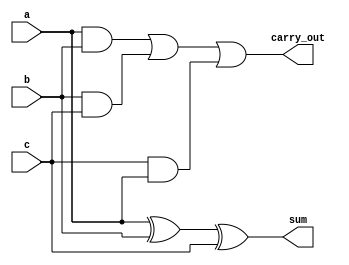
module fulladder(sum,carry_out,a,b,c);

input a,b,c;
output sum,carry_out;

assign sum=a ^ b ^ c ;
assign carry_out = ( a & b ) | ( b & c ) | ( c & a );
































endmodule